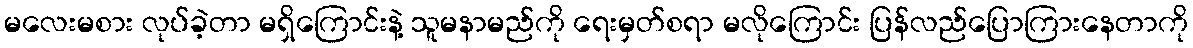
မလေးမစား လုပ်ခဲ့တာ မရှိကြောင်းနဲ့ သူမနာမည်ကို ရေးမှတ်စရာ မလိုကြောင်း ပြန်လည်ပြောကြားနေတာကို